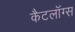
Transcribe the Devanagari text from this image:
कैटलॉग्स